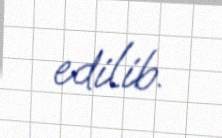
edilib.